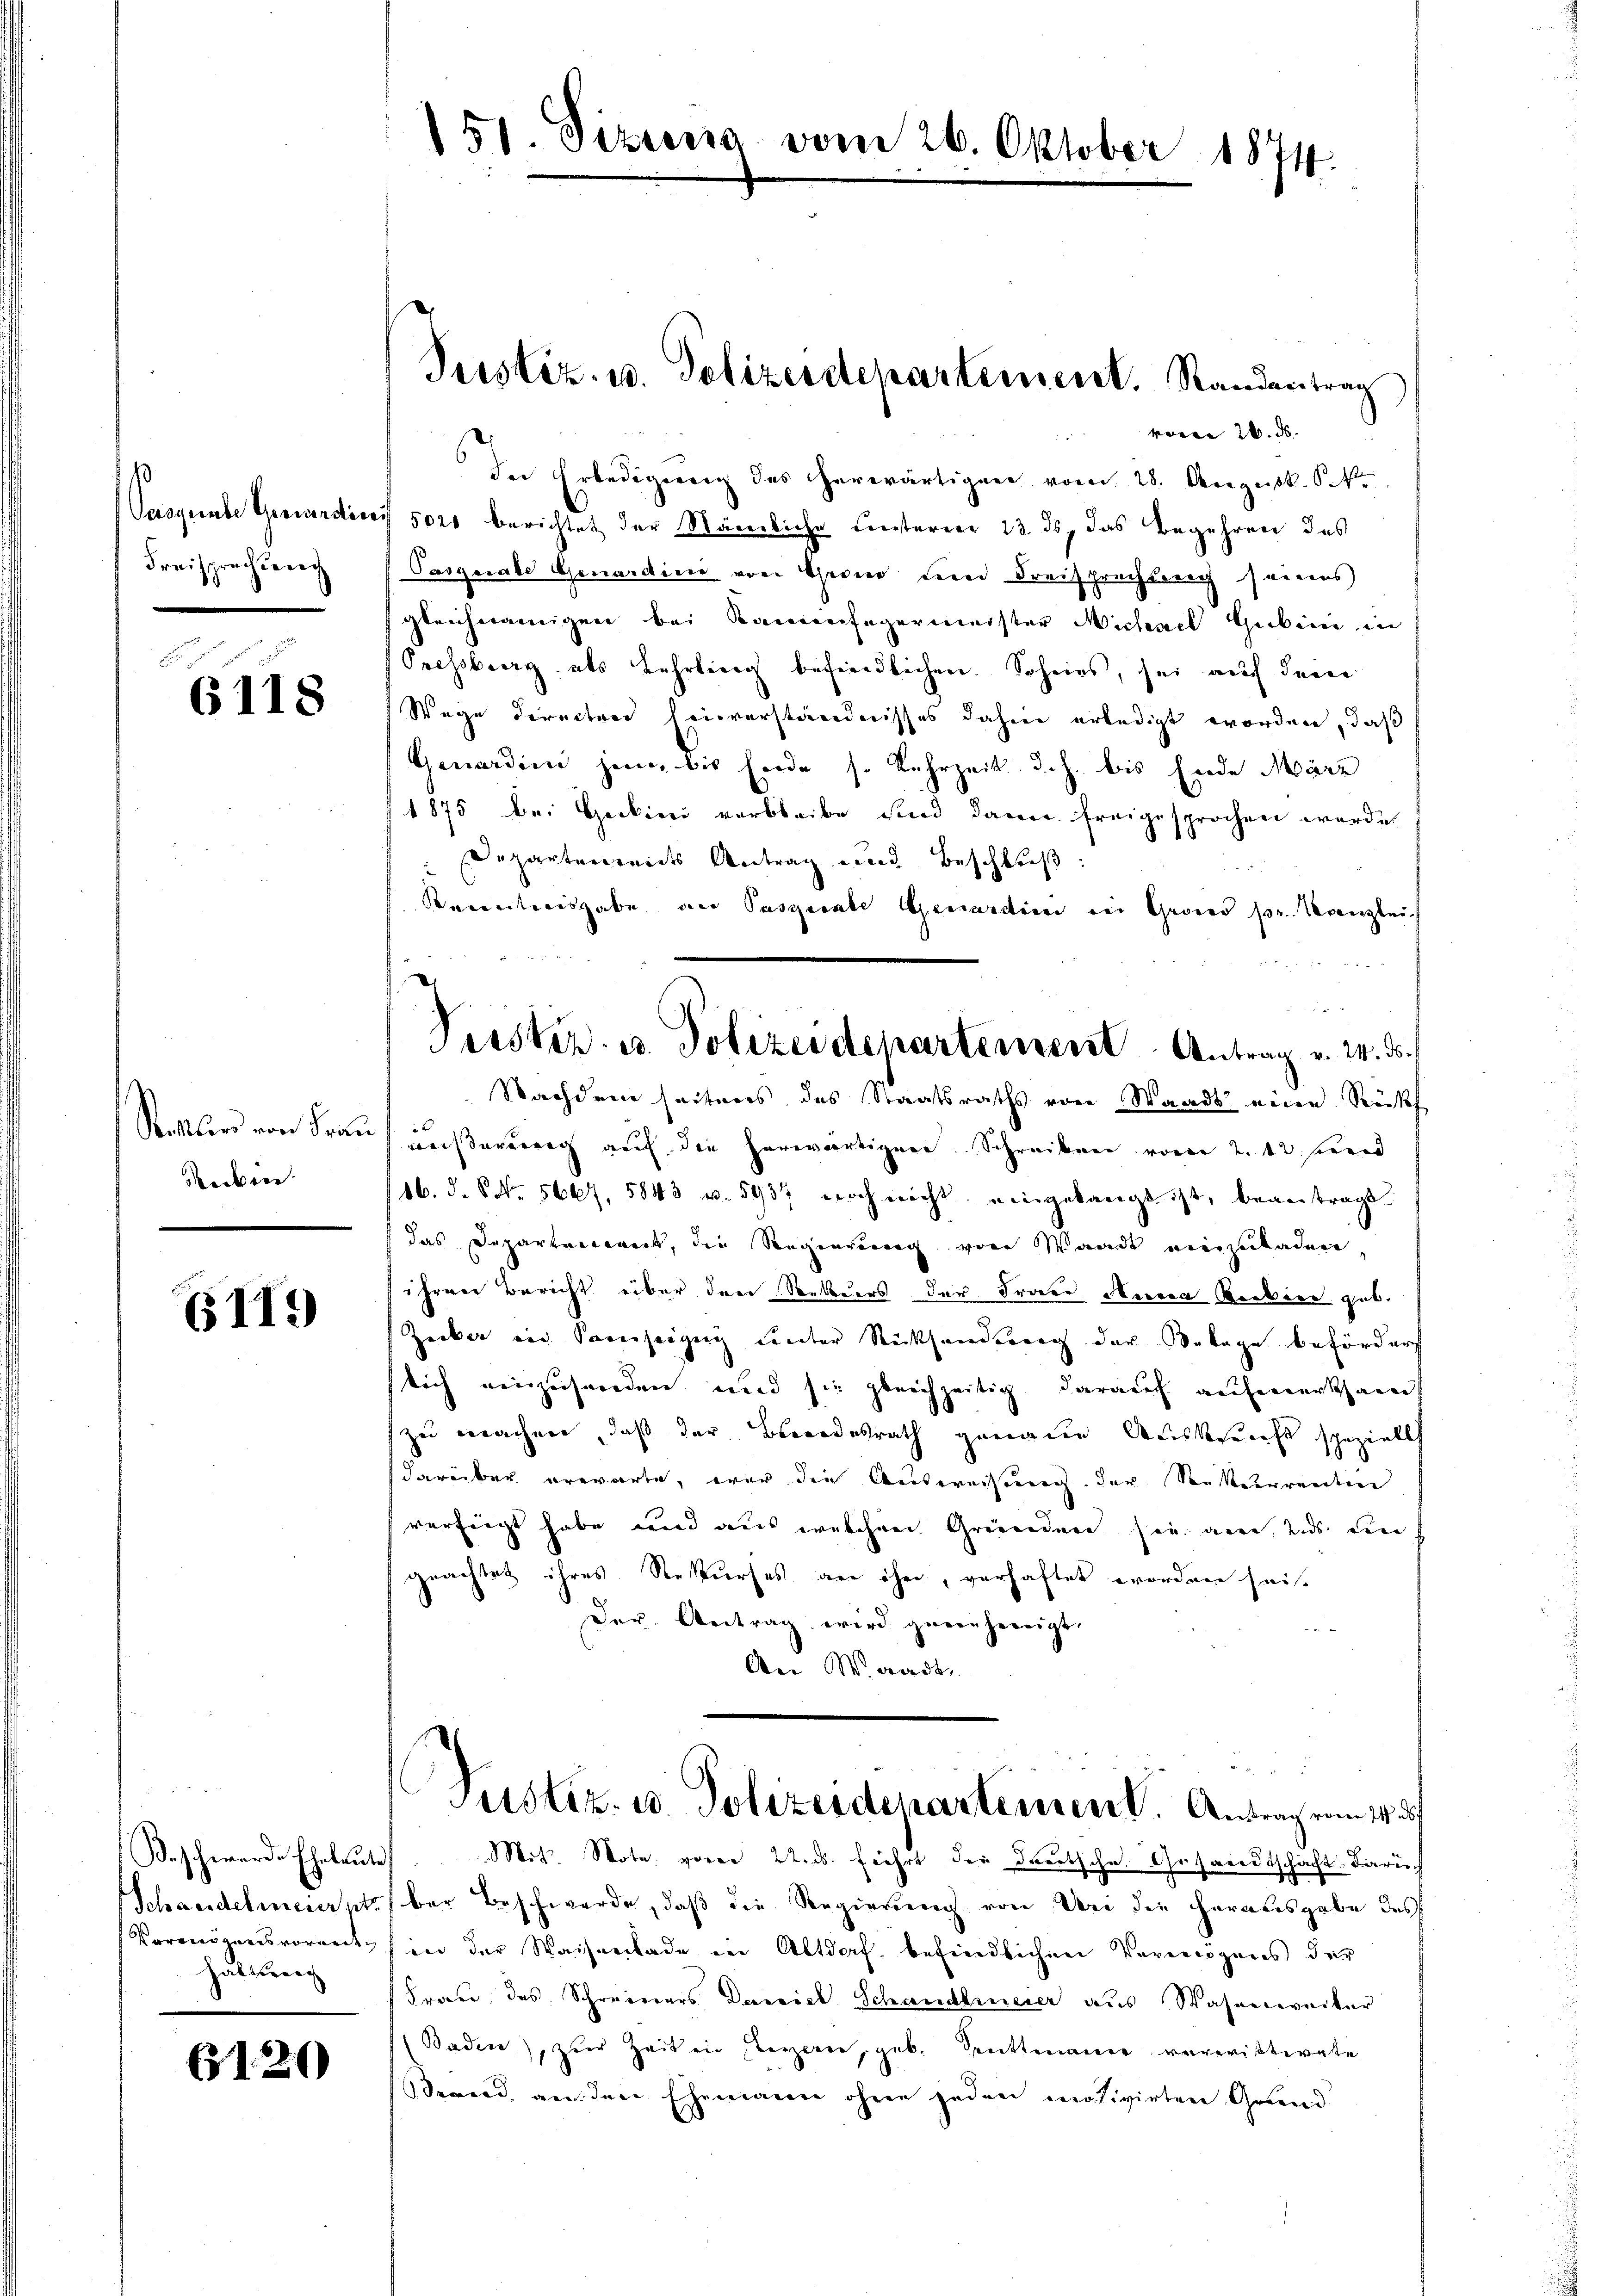
Pasquale Genandin
Freisprechung

6118

Stettler von Frau
Soeben.

6119)

Schneidelmeier pr.
Kormögens voranst
Haltung

61220)

51. Sizung vom 26. Oktober 1874.

vom 26. ds.
In Erledigung des herwärtigen vom 28. August. Ski
 5020 berichtet der Stämmliche Fensteren 13. ds, das Begehren des
Pasquale Genardien von Throno der Freisprachtung seines
gleichnamigen bei Kaminfegermeister Michael Gubini in
Pressberg als Lehrling befindlichen. Scheins, sei auch dem
Wege directrer heinverständnisses dahin erledigt worden, daß
Genardien jene, bis Ende s. Lehrzeit d. J. bis Ende März
1875 bei Gackini verbleibe sind dann freigesprochen werde.
Departenweides Antrag eine Beschluß:
Racentionsgabe an Pasicale Genardini in Gries pr. Kanzlei
Teister u. Polizeidepartement Antrag v. 24. ds.
Nachdem seiteres des Staatsraths von Waadt eine Rückf
wersterung auf die herwärtigen Schreiben von 2. 12 werd
16. d. 8. No. 5667. 5843 u. 5937 noch nicht eingelangt ist, beantragt
das Departerriert, die Regierung von Waadt einzuladen
ihren Bericht über den Rekurs der Fraue Anrea Rockern geb.
Zeiker in Sauseigung unter Rücksendung der Belage befördert
lich einzusenden und sie gleichzeitig darauf aufmerksandt
zu machen, daß der Beendesrath genaue Ausbreicht speziell
darüber erwarte, war die Ausweisung der Rekurrenten
verfügt habe und aus welchen Gründen sie an, uns ein
geachtet ihres Rekurses an ihn, verhaftet worden sei.
Der Antrag wird gegenhereigt.
An Waadt.

Justiz- u. Polizeidepartement. Randantrag

5
Justiz- u. Polizeidepartement. Antrag vom 14. d.

Beschwerde Eheleute. Mit. Note vom 22. ds. führt der Deutsche Gesandtschaft. Daru
) der Beschwerde, daß die Regierung von Bei die herausgabe des
in der Waisenbade in Altdorf, befindlichen Vermögens der
 Frau des Schreierers. Derreich Schanderneier aus Wasserweiter
(Baden, zŭr Zeiten Legern, geb. Sentenance vereiterate
Sernd, an den Ehemann ohne jeden motivirten Grund¬